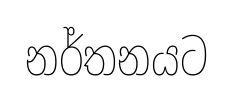
නර්තනයට